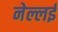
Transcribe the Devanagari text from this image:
नेल्लई